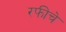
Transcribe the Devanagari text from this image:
रफीचे